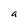
Character: a